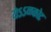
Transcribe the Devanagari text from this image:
येऽऽळकोट